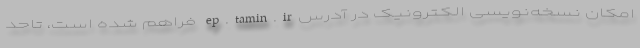
امکان نسخه‌نویسی الکترونیک در آدرسep.tamin.ir فراهم شده است، تاحد